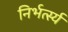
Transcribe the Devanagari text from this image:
निर्भर्त्स्य